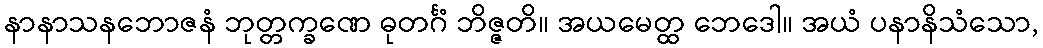
နာနာသနဘောဇနံ ဘုတ္တက္ခဏေ ဓုတင်္ဂံ ဘိဇ္ဇတိ။ အယမေတ္ထ ဘေဒေါ။ အယံ ပနာနိသံသော,